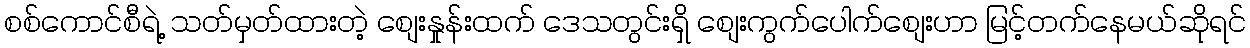
စစ်ကောင်စီရဲ့ သတ်မှတ်ထားတဲ့ စျေးနှုန်းထက် ဒေသတွင်းရှိ စျေးကွက်ပေါက်စျေးဟာ မြင့်တက်နေမယ်ဆိုရင်